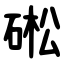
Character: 硹